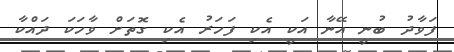
ފަވާދު ބުނީ އޭނާ އަކީ އެކި ފަހަރު އެކި ގޮތަށް ވާހަކަ ދައްކާ